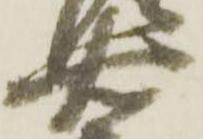
右